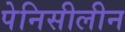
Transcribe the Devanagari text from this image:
पेनिसीलीन